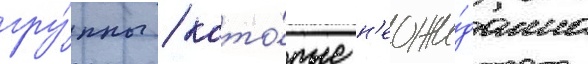
гру́ппы / кото́рые н'еожи́данно